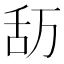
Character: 𮍴